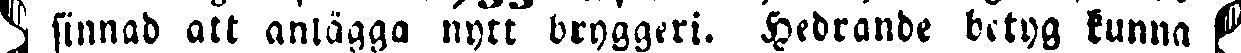
# finnad att anlägga nytt bryggeri. Hedrande betyg kunna #